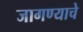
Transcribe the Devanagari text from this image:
जागण्याचे